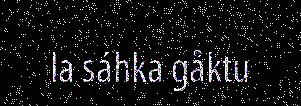
la sáhka gåktu